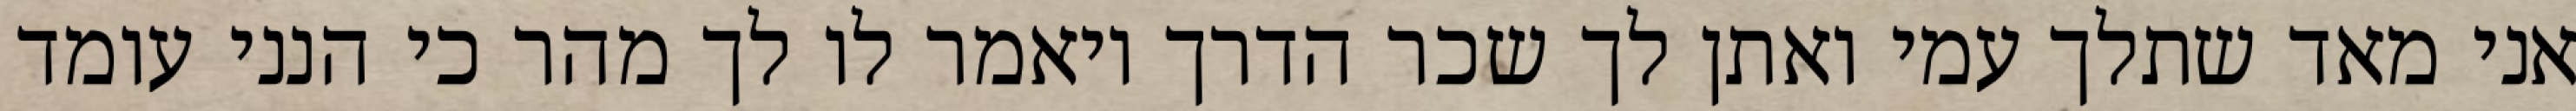
אני מאד שתלך עמי ואתן לך שכר הדרך ויאמר לו לך מהר כי הנני עומד